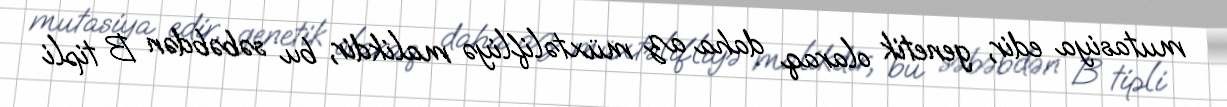
mutasiya edir, genetik olaraq daha az müxtəlifliyə malikdir, bu səbəbdən B tipli